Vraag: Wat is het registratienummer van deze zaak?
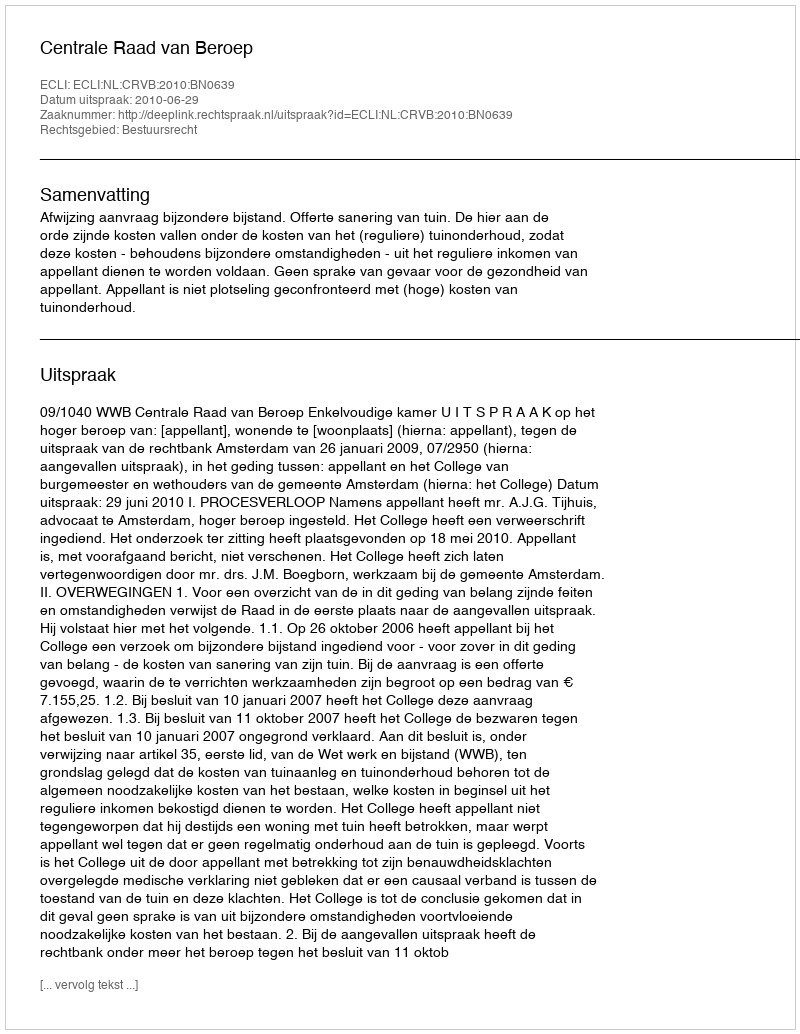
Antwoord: http://deeplink.rechtspraak.nl/uitspraak?id=ECLI:NL:CRVB:2010:BN0639